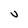
Character: U